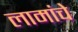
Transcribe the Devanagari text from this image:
लामांचे